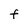
Character: F